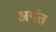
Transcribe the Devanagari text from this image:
अयंत